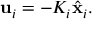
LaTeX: \mathbf { u } _ { i } = - K _ { i } { \hat { \mathbf { x } } } _ { i } .